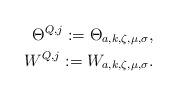
LaTeX: \begin{align*}\Theta^{Q,j} := \Theta_{a,k,\zeta,\mu,\sigma},\\W^{Q,j} := W_{a,k,\zeta,\mu,\sigma}.\end{align*}